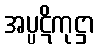
အပ္ပဋိကုဋ္ဌာ